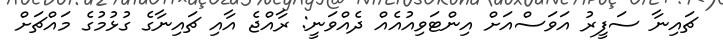
ޗައިނާ ސަފީރު އަވަސްއަށް އިންޓަވިއުއެއް ދެއްވަނީ: ރާއްޖެ އާއި ޗައިނާގެ ގުޅުމުގެ މައްޗަށް